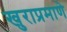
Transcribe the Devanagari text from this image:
खुराप्रमाणे